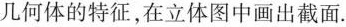
几何体的特征，在立体图中画出截面。